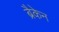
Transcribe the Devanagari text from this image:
ब्रैकेन